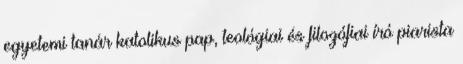
egyetemi tanár katolikus pap, teológiai és filozófiai író piarista